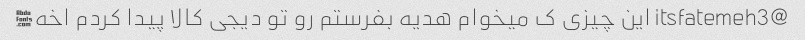
@itsfatemeh3 این چیزی ک میخوام هدیه بفرستم رو تو دیجی کالا پیدا کردم اخه♂